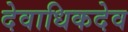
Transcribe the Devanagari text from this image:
देवाधिकदेव